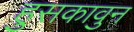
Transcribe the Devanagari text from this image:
हुसकावुन